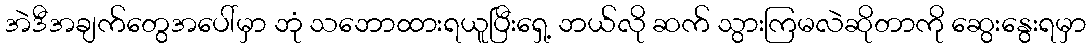
အဲဒီအချက်တွေအပေါ်မှာ ဘုံ သဘောထားရယူပြီးရှေ့ ဘယ်လို ဆက် သွားကြမလဲဆိုတာကို ဆွေးနွေးရမှာ